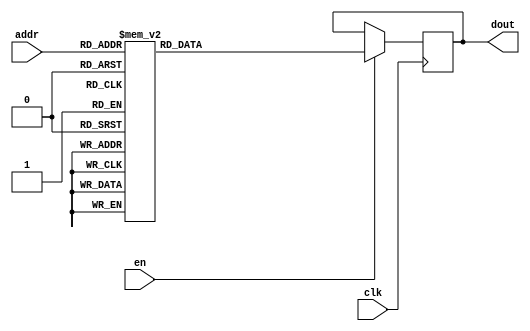
`timescale 1ns / 1ps
/*
Copyright
All right reserved.
Module Name: rom_syn
Author  : Zichuan Liu, Yixing Li and Wenye Liu.
Description:
A synthesized ROM: ROM_DEP x ROM_WID
*/
module DC_9_W_ROM_2(
// inputs
clk,
en,
addr,
// outputs
dout
);
localparam ROM_WID = 512;
localparam ROM_DEP = 32;
localparam ROM_ADDR = 5;
// input definition
input clk;
input en;
input [ROM_ADDR-1:0] addr;
// output definition
output [ROM_WID-1:0] dout;
reg [ROM_WID-1:0] data;
always @(posedge clk)
begin
if (en) begin
case(addr)
		5'd0: data <= 512'b10011010001001010000110101100100100011110011110000110101010100110110100100001000110010001110110100001110001001101111100000101011011111111011111111110010100110010111000001001110001111000101110000101100001100101111110110010100011000011110111001001110000001011111010101100111001111000001001100001000000000111000010100111110001111100100011101111010100111111010000000111010010011111110101001101001111101110001000101010011010001110010100110011111000001110110110001101000101001010010011010111011001000010100001011101111;
		5'd1: data <= 512'b00100011000100101100100110000000111100000111010100111000011110001100011111100110011101101001011011010111000000000001100000010101111010010111000111101000111011000001011001110001101010001010111110101101000011110111001110000001110100100011000101001011111101101000001100000010101110100010100010010001000001101101001111110011000101100110100100110100011101110100011100100100000000010000100100010011110001111111111000110010110101101111101110111011110010111101111000101101001101011101010101110110001101001111101001111001;
		5'd2: data <= 512'b00111010011001011010011101110110101010110111100010010001010010111111101000011000111010011111100100001111010101100111100000101011001110111111001001110000101110011111000111001110011111010100010000101001001110111101100100001100011010001110011011011001010101111011100111101110101010101100001100001000001110101100011110111110101001101101011100001010100110101000101000110110100011010011100101101001011111110100000100110010011110101110111111100111011101100100011101100010101100010110111010101101100110010111010011100110;
		5'd3: data <= 512'b10000001100000110100101110100110111111010100010011001011001110011011100111001010101100010011101100001110010101001100001000101100111011110000110000110001001010111110010001110100110011000110110001011010100101110110000010011110000001001010101000010100111010100111111010000001000111100101001001001000110111100111010100111001100110000101000011100001110111101010110001011101100100110000001100010001100111000110000101001001000000011011011110110110111111000010000000101100110010111000111011010111100011001010100110100011;
		5'd4: data <= 512'b11001110000001110001101101110011000010111010101100101000100100010110101110100001100101011110100010011111100101101101101001111001110010110111110110111111001110010101000101000110100011111111011111100001011010100111100110010100110010110100011010010001000011011110010110110110010010001001111110000010000100110111001100101010000101000000001000000100100111001000100010100110001011111111010001101001111101010000000001111001000001111000101100100111100110001100001111110000001100111011100110111011100010011001100111101111;
		5'd5: data <= 512'b11000001000110001111110101011001111110001101001010100000101011100100011110111001000111110001111110000101111110100010111011010100100111100101110000111110001111001000101011111111101101011011101001101011010100000011001000010111110001010010110000100001110011000110100111110110101101111010111001000111001111111110111001000101010000111010101110011110111011001101011110001001001010111101111010010110100001100000111011011110001010011011111101101001000100011001001000010001000100011011110010101110000110010001010110001001;
		5'd6: data <= 512'b10110100000100010001011011111100010001010010101000000001000111111110101001101111111010010101110011111001000110111101011110100000000001111001101111111100000100100010011101011110111100010000110100110001001010011000111101111011111110110110111101011110010111110000101110101100011101011100001100011101001110001010110111111110000010011111100101001001111010001001100101010110101000111101010011100011010101110101000000010011010010100110101010101011001001100110001111001101001101000000000000001101111000000110101110011111;
		5'd7: data <= 512'b00110001000011101110110000001000101010110111001001100011111111000001010000010000100010000101010101111101000010110100111001100011011111101101001000101110100011011010111001101111001111110100101000111011011011001100001000010000111011011011110111010101010111101001101110111110011001010110110001100010111110111010100001101111000110101111101000011110001111001111011100101000110001100011100011011101101111111000100101101001011010110111000111111101001100110110000001010110010011001110000001001010101000111101011100110110;
		5'd8: data <= 512'b01001100110011010011001001110110000110001010000110101000100100011001001000011010010011000101001100100001101101111101100011101010100110110110011000110111111101011101100100010110000001110110000101000111100000110111110100111111111111101101110101100101100110011100110100001111010011001001110000101110000100100110010110011101110110111000101010010100101111111111101001101110001111111100110110101001101101001101001111111101111000110000111001110011101110000001001101010000101000101011101110001101111010011001100010100101;
		5'd9: data <= 512'b10011010011001000100110101100101101010010111111110110000011010100110000001010000001000100111100100100001011101001011101110111011001100001010100111110001011110011011000000101010111111100100001000101000101100011110010100010100011000100000001001011010100010001011010101000110110010101100001100011001100110011011010111111000100101101001011100101010001110011000100001110100000010011101111000100101011010110101010000111011110110100110001101110101001101001011001000011010101001011010111010111110100110100001010011010011;
		5'd10: data <= 512'b10001001101100000101011010100001110100110101111110011111101011100110011000011000001000011110011010001001111100010110100101100000001100110011110011011011100110111010000000100111000011100000010100011010111011101110010111011110001000010001011111010110001000101101011000000100110000100101011101001000101100011010110110111000001111001101111001101010111000010001100111010100000010000111001110001011101110010101001001111011111011110000111000100101001111110010001010011011010011001101110001111111010011100110000011101011;
		5'd11: data <= 512'b11100100100010000010101101010111001110000010100011001101100110111000101011111101110000101001011001001000010111110011100011011110110101111000010100000111101101111000011101010110111001010011011101011110100100101001101110111111110010011111011110100100000010111100001110011000100000111100010110010100111111010010011001000001010011010100001010001011011001010111100011000010101100111101100101110011100001011101111111011101101110111000000011010111010100000101000110010111000010101010101010011010000010100010011000110101;
		5'd12: data <= 512'b00000110000000111001001010100100010101100000001011101110000010101010000101011111110111000010000000111001100011011101000011101001001000101000100001011011111100000000100011111011010011100111111111011101101010110000110100011010100101011010110101110100001001010011011110001001110011110000001111111101001010101010001100110110000110000110010000101001011011010111000101111100101100100001000101101011100101001101010100111000100001001001001100111010001110011001001101000000000100010100101000010101111000011001101110000011;
		5'd13: data <= 512'b11000111100010101000100101010100110000000001001100001011100100111001001110000111110101111100000011000110100101110101001010001101100111111000001110100111001001001110110100011010110011000100111101101110001100111001101010001010000110010110100101010001001011001000101100110011011110111000101100000010000001100101101011111011100100100010001110101001011010111010111111001100101100111001111101010001110100001100111111111100110001111101100000100111101011000101100101100101001111001010001100000100110110011011111110110011;
		5'd14: data <= 512'b10000011010100001110110000111001100011111000000001111011110000110100111100110100011001110001010011000111011000110010101111011010000100001101011111001100101010000100000100100100001000101001111110011000001001100011011000000001101001000011011111101010000100000011011001111010000000000110000110111011011101011100110001000011011000111111011101101001101000000110110110000101111001011001001010000010011011110111110000110010001010101110001110010100000001111000001000010000110000010011101011111001101110100111011010101000;
		5'd15: data <= 512'b10100011111100010101001010001001111110001101010011111111011011000101111111000010101101010111111001100110101000001110001100011011001000010000110011010000010110001011010011100011101010110010010011001110100111111010011011001010100101000001010010101100111001000111101001000000111101100101011011001010101010101111000011100001111010010011001011111101011101110000001101111101110000000000001110010110001100100011110000000011010111001110010001011100010001110011011011101111110110111101110101010001000111100011111011011000;
		5'd16: data <= 512'b01000100100100110000111001010111011110001001011001011100110101111100110111010011010101001110100000110010001010111001001111011000100001011110111101011101011011110111000000010110011000110011011111101100011000100000010101010110000110100100010101100010101011011110101101010001111100001010011111111101111110101110100101000010011101100010001111101111111000111010110011111100001000111101000101010110110001101011110011001101001000111001000000011100100110011110100111110000010101100011100111011001100000110101111001000101;
		5'd17: data <= 512'b11001100110111101011000101011110001110001000000100111001000101001001100111000111010100111111111011110100000011010101011100011101110000010110111111110101001001010111000101011111001111010110101011100101001110010001111001110111010111100111110101101111000111111111111100111010110110000100100101000100100011100011100001011101100110101000001110010100011000101110111101001110010101111001110101110101110111111101111011111101000001101011110001100010011011001111101101100101101101010010011100001100100000011001001000110111;
		5'd18: data <= 512'b00001010100010111101000011100101111100000111001011111010001000101010100101011010010010010110101100011101110111011110001001100001001011110110111111011001101110100001000011111000001011010101101001101101111110100100100110010110101010110011111001001110001000100111011010001100100111000000001100100100101000101111011101111110000100100100010010101111000111101011000010111000110100100100001101110001110100101110001001011000000001101001011001010010011100011000101001101111010100010100011101100011110011110111110110000100;
		5'd19: data <= 512'b00001001111011100010110100000011110100110011100011011010110010100001101111100000001100110111101100000110011100001110001001101010001011000110011001100001010110111011010000101101011011110110001001011010010111000100100110110001001000010000001000101010111000001111111001011101100011100001011000001000010100110101011000100000111001010000000010110111100100001010000010100101100100000000001010010100011010100010101001001000101001001010010011000010101101010111010000100110110111101100010101000011011101110110110011000001;
		5'd20: data <= 512'b10100011001011001100111100011011100000111001100001000010100011100011110111101111001111101000110101100010111110101000001111010000110101110001101100101000000000100010110000111101010000100011110110111010010101110011000011111000100110111001110010110010111010000001110001000100001111110001101010101110011111100000010010010001110010010111010001011101010011001001000001010010101001000011000110011110100000000010010100000111111000010101010001010101101110101110110010010011110111010110000101010001011111111101101111000010;
		5'd21: data <= 512'b01100111010110111010011000100100011111000110010000101110011001011000101001010000010101100111111010001111000001000011110111101011010000101110010100110011111110010001100111100011100110111011001010000101001010000110110000010101001001010010011100101010000101101011001100111111010000000110110011110001000010010111000111000110011101101000101100110110100100000110110000101100010111011100011011101001111111111110101010111000000111101010001110101110010001111011101001100100111000100101010011101110100000011001000011101011;
		5'd22: data <= 512'b11111110000111000000001001001000000110001011111101010101010001100100010010111101011011110001010111101010101010100011110111010010100100001111001011011110000111000001001110011111101100011001011110100101010010101001101101100001111010100101011111001011100101011000100101111010111000010010110100110101001010011100101011000110011001111110111101011111101100010111001110000000011011001111110001001111010001011001101011010110111111110010100001001011010010111101111111010010001101000101000100111110011000010101001000011101;
		5'd23: data <= 512'b00010100110000110011001110100100111011000000000010101010100110011010100101011011110100010111101101001110010001011101001000101001011011101010110100010011011000111110110001111110110111000110100001011110101000011100110010011010001101001010101000010110110010101111111100000011010110111001001001011000110011100011001100111101101110000100000010100011110111111010111001111100100110110000110111011001100111001100000101111001000100011011010110110110100101000001010010100110110110111000111001110001110011001010100110100011;
		5'd24: data <= 512'b01101001101010000101101011011001101101001010011001011101001100111010110001101111100110010011011111101001111111111111010010001010111001010110110100001001010101100001001111010000111000000001101101000000100101100000010010110111001110111101100000101100101010100010011010101000101001011000000011100101011100111100111101000010011000111110011111100010000001100100010010010011011100001100011101000011100100100100010100100111011110110101010011111000011000011010111110111111011010100010100010111011101100000110100111010000;
		5'd25: data <= 512'b11011001011101000110001001110011100011111100010001010111111111011000111100001101101100011101000011111010111000110000100011110110010010111101111000110100110101011100101110000100010000111110110011011010101101111011011000101011000110000110010111111100111101001001101001111001010001111111100010111011001100101000000010001100100010011101101001111100111000011110101101101111111010100010001010101110001110010110001111000110111010001010010101110011100011100011010110010011110111101011101010001011011110111010101001011010;
		5'd26: data <= 512'b01101000111011101000001111111110101000100000110110100000000011011010101101000010100110111000101011011101100101101111111000100001100010010011101110110000000000001110110010011110100100011010110000001101100000010101011111111010010111100111000100000011100111111000010100001110010111010100100111100101110001100101000011011001100101100010001110000010010100101011101000010011110001011001110100110000010100011100110000101111000100110111111110100001011011100010101101001100101001001010101110001110111110001110000110100101;
		5'd27: data <= 512'b10101110100100100000010011000101011100000011111111011100010110111010101000111011011000111101001001000001100101011111100000101001101010110010110110010001100111111110011101010110100010000000111100100111101000111110101010000110001100110111001101001111001000101010011100001011110010110100100110011100111000100010001101110001000101010100010110101011011001110001101001100110000110000100100100010111010100001110001001100001110101011000001010010110111010000000001101100111010101011101101110110011010110101110011001000001;
		5'd28: data <= 512'b00111011000001001111000000101000111010111010100011101000001000100111010100010000001011100000111100111101011111001101111000100111001111111011101101111010110011000001110100101011001111011101101011101001010110100111100100010101111000000000110010111011110100000011010011101110011011010010100001100011101000111001110000111101001100011001111100000110001111101101111010001000110010110110110000001101001111101100001101011010110011100011011101111011100110111000011000011011010100011101010101100011001001110101000010101001;
		5'd29: data <= 512'b11111110111101100000100001001000000110101001100010100100000001001101011110000011011011110101110111100110101110101011110101110011100101010111000111010110110111000000110101010011100101110001011110000110110010100101111101111101110111100111000110001001100101010000001111111010101111100010110111110111100000011100100111001011110001111010101100010000011101001111001101000110101011111010110001110111111101101101111011111011110011111110100001111111010010111110111111010101001001110100100100011100001000010100100000111101;
		5'd30: data <= 512'b01000001000110000101111011001011000111001110101100100101000101000100110111111101110001101110010111011001101100100101111111110000110110101001101110101110110101000001101010110101111010101010111110100101011110010011000101110110110001010001101100000001001111010000100110001101001101011110110111100011001010001000110011001110000001111010101101110110100100001001000010010101101001101011111101010100100000110010011001110111001010100000111001100001000011111101101011111100001010000101100100111110111101010001010111011110;
		5'd31: data <= 512'b10001000111111110001011000101011100011010010001101111111110111010101000000000101110100010100101001110000001001010010011101111101100000011010001111100101101001111110010000110010111011100110010010110011101110111000111111000001101011010000100101010000000100111101100100111101011110100100011001000000101110010010000010101101100111101101101011100101110010011010110101011100110001110011111100010101111111110111101011101000100011100110100000000111101101110101010000100111110110000100000000001100110010101011011100010111;
		endcase
		end
	end
	assign dout = data;
endmodule